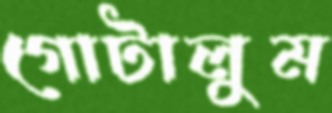
গোটালুম